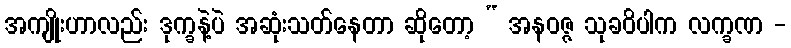
အကျိုးဟာလည်း ဒုက္ခနဲ့ပဲ အဆုံးသတ်နေတာ ဆိုတော့ “ အနဝဇ္ဇ သုခဝိပါက လက္ခဏ -